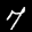
Label: 7